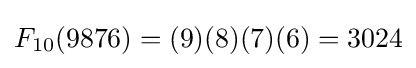
F_{10}(9876)=(9)(8)(7)(6)=3024